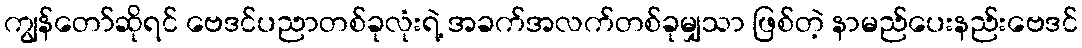
ကျွန်တော်ဆိုရင် ဗေဒင်ပညာတစ်ခုလုံးရဲ့ အခက်အလက်တစ်ခုမျှသာ ဖြစ်တဲ့ နာမည်ပေးနည်းဗေဒင်